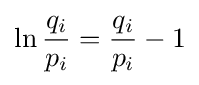
\ln {\frac {q_{i}}{p_{i}}}={\frac {q_{i}}{p_{i}}}-1